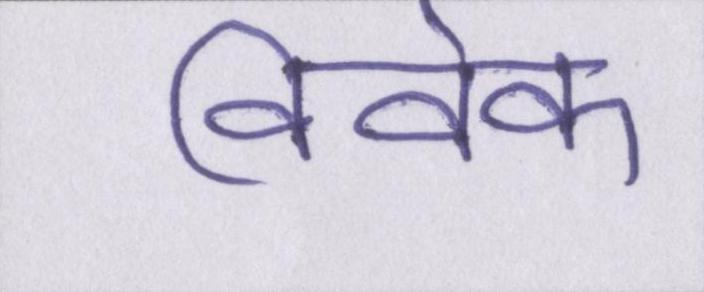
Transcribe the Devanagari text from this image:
विवेक